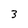
Character: 3